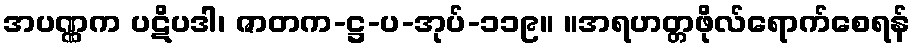
အပဏ္ဏက ပဋိပဒါ၊ ဇာတက-ဋ္ဌ-ပ-အုပ်-၁၁၉။ ။အရဟတ္တဖိုလ်ရောက်စေရန်